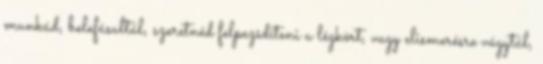
munkád, belefásultál, szeretnéd felpezsdíteni a légkört, vagy elismerésre vágytál,